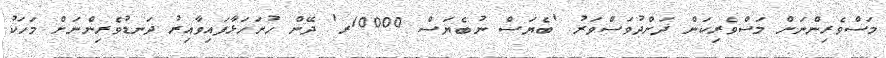
މަސްވެރިންނަށް މަސްވެރިކަން ދަށްދުވަސްވަރު 'ބެޔަސް ނުބެޔަސް 10000ރ' ދޭން ހުށަހަޅާފައިވާއިރު ދަނޑުވެރިންނަށް މަހަކު